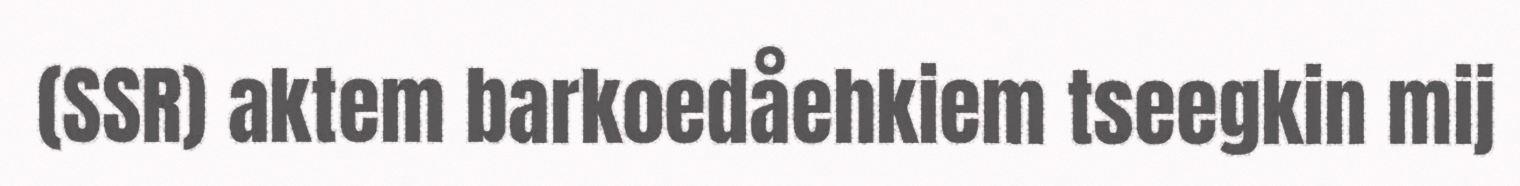
(SSR) aktem barkoedåehkiem tseegkin mij